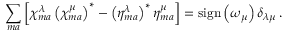
\sum _ { m a } \left[ \chi _ { m a } ^ { \lambda } \left( \chi _ { m a } ^ { \mu } \right) ^ { * } - \left( \eta _ { m a } ^ { \lambda } \right) ^ { * } \eta _ { m a } ^ { \mu } \right] = \mathrm { s i g n } \left( \omega _ { \mu } \right) \delta _ { \lambda \mu } \, .